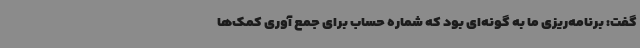
گفت: برنامه‌ریزی ما به گونه‌ای بود که شماره حساب برای جمع آوری کمک‌ها